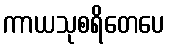
ကာယသုစရိတေပေ